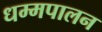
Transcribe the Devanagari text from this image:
धम्मपालन